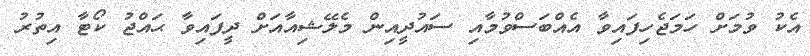
އެކު ވުމަށް ހަމަޖެހިފައިވާ އެއްބަސްވުމާއި ސައުދީއިން މެލޭޝިއާއަށް ދީފައިވާ ޙައްޖު ކޯޓާ އިތުރު